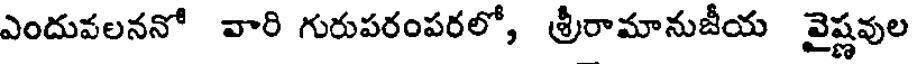
ఎందువలననో వారి గురుపరంపరలో, శ్రీరామానుజీయ వైష్ణవుల